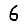
Digit: 6